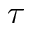
\tau